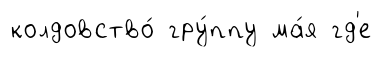
колдовство́ гру́ппу ма́я гд'е